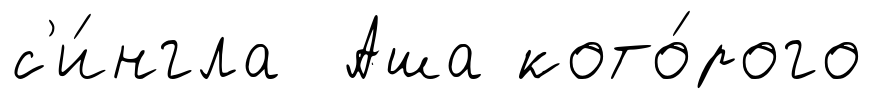
с'и́нгла Аша кото́рого